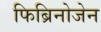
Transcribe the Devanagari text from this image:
फिब्रिनोजेन